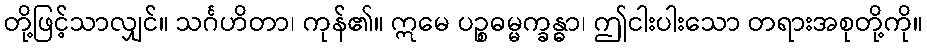
တို့ဖြင့်သာလျှင်။ သင်္ဂဟိတာ၊ ကုန်၏။ ဣမေ ပဉ္စဓမ္မက္ခန္ဓာ၊ ဤငါးပါးသော တရားအစုတို့ကို။